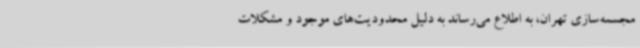
مجسمه‌سازی تهران، به اطلاع می‌رساند به دلیل محدودیت‌های موجود و مشکلات